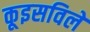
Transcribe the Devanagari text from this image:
कूइसविले